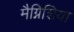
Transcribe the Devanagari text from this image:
मैग्निशिया